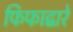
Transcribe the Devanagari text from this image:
फिफाद्वारे